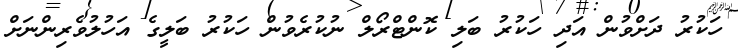
ހަކުރު ދަށްވުން އަދި ހަކުރު ބަލި ކޮންޓްރޯލް ނުކުރެވުން ހަކުރު ބަލީގެ އަހުލުވެރިންނަށް